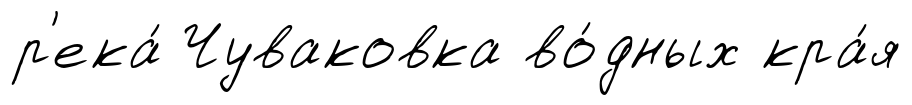
р'ека́ Чуваковка во́дных кра́я